Indian journal of veterinary science and animal husbandry - Volumes 15-17, 1948-1951
Year: 1948
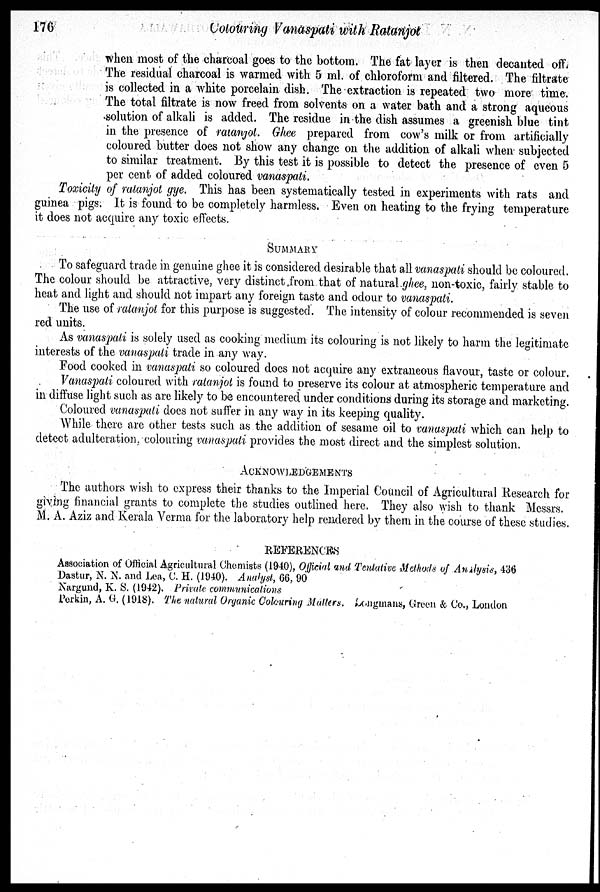
176
Colouring
Vanaspati with Ratanjot
when most of the charcoal goes to the bottom. The fat layer is then decanted off.
The residual charcoal is warmed with 5 ml. of chloroform and filtered. The filtrate
is collected in a white porcelain dish. The extraction is repeated two more time.
The total filtrate is now freed from solvents on a water bath and a strong aqueous
solution of alkali is added. The residue in the dish assumes a greenish blue tint
in the presence of ratanjot. Ghee prepared from cow's milk or from artificially
coloured butter does not show any change on the addition of alkali when subjected
to similar treatment. By this test it is possible to detect the presence of even 5
per cent of added coloured vanaspati.
Toxicity of ratanjot gye. This has been systematically tested in experiments with rats and
guinea pigs. It is found to be completely harmless. Even on heating to the frying temperature
it does not acquire any toxic effects.
SUMMARY
To safeguard trade in genuine ghee it is considered desirable that all vanaspati should be coloured.
The colour should be attractive, very distinct from that of natural ghee, non-toxic, fairly stable to
heat and light and should not impart any foreign taste and odour to vanaspati.
The use of ratanjot for this purpose is suggested. The intensity of colour recommended is seven
red units.
As vanaspati is solely used as cooking medium its colouring is not likely to harm the legitimate
interests of the vanaspati trade in any way.
Food cooked in vanaspati so coloured does not acquire any extraneous flavour, taste or colour.
Vanaspati coloured with ratanjot is found to preserve its colour at atmospheric temperature and
in diffuse light such as are likely to be encountered under conditions during its storage and marketing.
Coloured vanaspati does not suffer in any way in its keeping quality.
While there are other tests such as the addition of sesame oil to vanaspati which can help to
detect adulteration, colouring vanaspati provides the most direct and the simplest solution.
ACKNOWLEDGEMENTS
The authors wish to express their thanks to the Imperial Council of Agricultural Research for
giving financial grants to complete the studies outlined here. They also wish to thank Messrs.
M. A. Aziz and Kerala Verma for the laboratory help rendered by them in the course of these studies.
REFERENCES
Association of Official Agricultural Chemists (1940), Official and Tentative Methods of Analysis, 436
Dastur, N. N. and Lea, C. H. (1940). Analyst, 66, 90
Nargund, K. S. (1942). Private communications
Perkin, A. G. (1918). The natural Organic Colouring Matters. Longmans, Green & Co., London